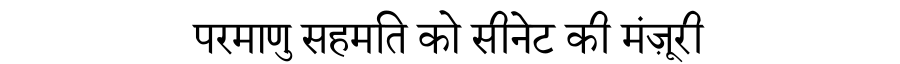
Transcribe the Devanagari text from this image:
परमाणु सहमति को सीनेट की मंज़ूरी